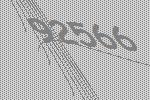
92566